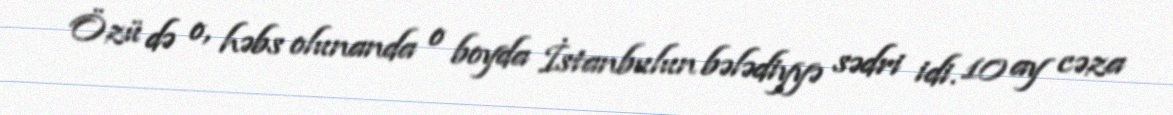
Özü də o, həbs olunanda o boyda İstanbulun bələdiyyə sədri idi. 10 ay cəza